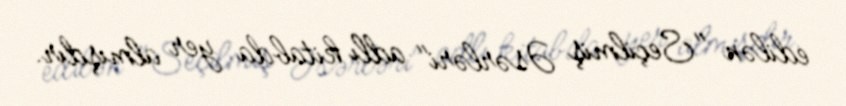
edilən "Seçilmiş Əsərləri" adlı kitabda yer almışdır.